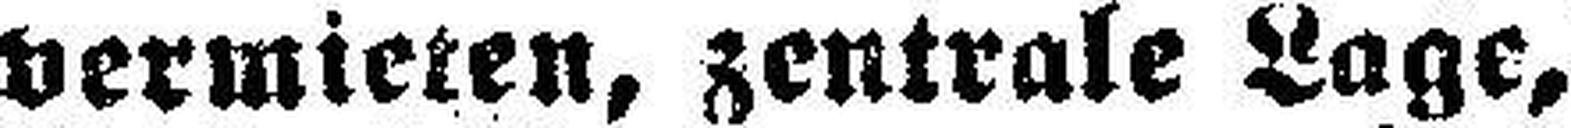
vermieten, zentrale Lage,